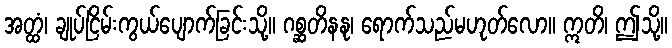
အတ္ထံ၊ ချုပ်ငြိမ်းကွယ်ပျောက်ခြင်းသို့။ ဂစ္ဆတိနနု၊ ရောက်သည်မဟုတ်လော။ ဣတိ၊ ဤသို့။